Vaccination report Assam 1874-1896 - 1874-1896
Year: 1874
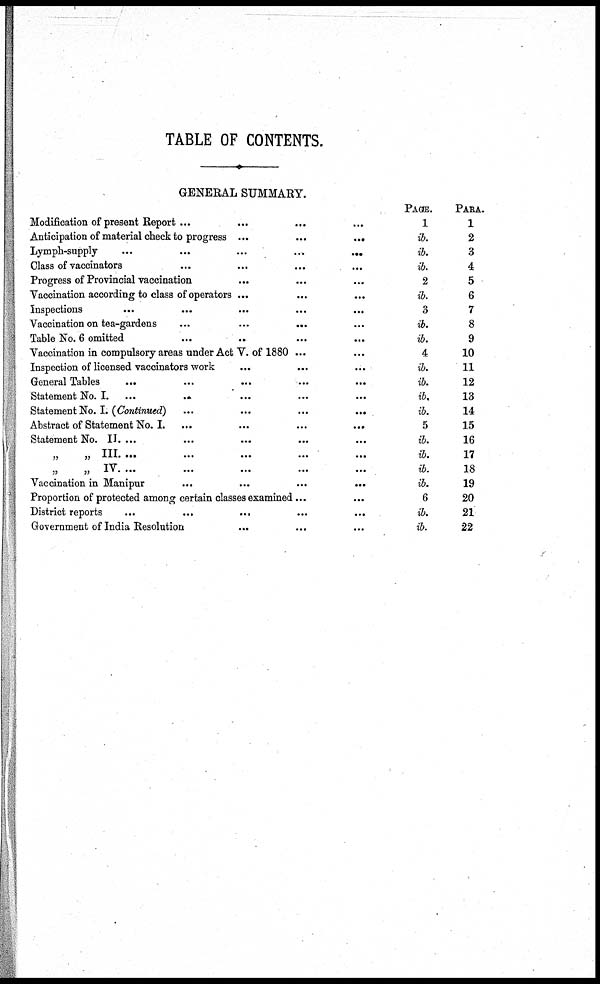
TABLE OF CONTENTS.
GENERAL SUMMARY.
Modification of present Report... ... ... ...
Anticipation of material check to progress
...
...
...
Lymph-supply
...
...
...
...
...
Glass of vaccinators ... ... ... ...
Progress of Provincial vaccination ... ... ...
Vaccination according to class of operators ... ... ...
Inspections
...
...
...
...
...
Vaccination on tea-gardens
...
...
...
...
Table No. 6 omitted ... ... ... ...
Vaccination in compulsory areas under Act V. of 1880 ... ...
Inspection of licensed vaccinators work ... ... ...
General Tables
... ... ... ...
Statement No. I.
...
...
...
...
...
Statement No. I. (Continued)
...
...
...
...
Abstract of Statement No. I.
...
...
...
...
Statement No. II.
...
...
...
...
...
„ „
III.
...
...
...
...
...
„
„
IV.
...
...
...
...
...
Vaccination in Manipur
...
...
...
...
Proportion of protected among certain classes examined ... ...
District reports
...
...
...
...
...
Government of India Resolution ... ... ...
PAGE.
1
ib.
ib.
ib.
2
ib.
3
ib.
ib.
4
ib.
ib.
ib.
ib.
5
ib.
ib.
ib.
ib.
6
ib.
ib.
PARA.
1
2
3
4
5
6
7
8
9
10
11
12
13
14
15
16
17
18
19
20
21
22